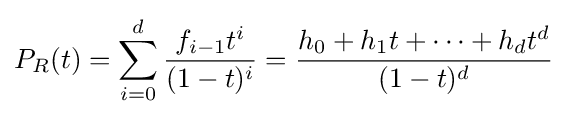
P_{R}(t)=\sum _{i=0}^{d}{\frac {f_{i-1}t^{i}}{(1-t)^{i}}}={\frac {h_{0}+h_{1}t+\cdots +h_{d}t^{d}}{(1-t)^{d}}}